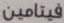
فيتامين